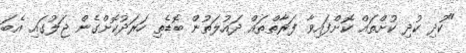
"ކުދި ކުދި ކުށްތައް ކޮށްފައިވާ ފަރާތްތައް ދައުލަތުން ބޮޑެތި ހަރަދުކޮށްގެން ޖަލުގައި އެބަ